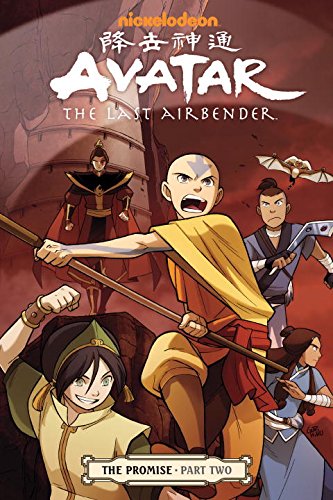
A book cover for Avatar: The Last Airbender: The Promise, Part 2; Gene Luen Yang; Comics & Graphic Novels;